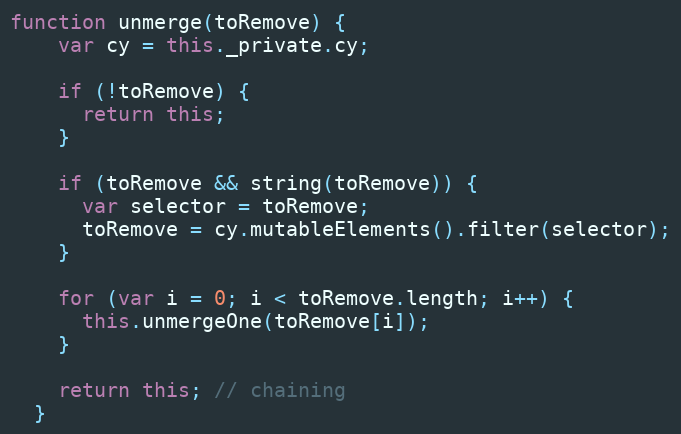
Language: JavaScript
function unmerge(toRemove) {
    var cy = this._private.cy;

    if (!toRemove) {
      return this;
    }

    if (toRemove && string(toRemove)) {
      var selector = toRemove;
      toRemove = cy.mutableElements().filter(selector);
    }

    for (var i = 0; i < toRemove.length; i++) {
      this.unmergeOne(toRemove[i]);
    }

    return this; // chaining
  }